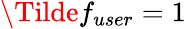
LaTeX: \Tilde{f}_{user}=1